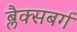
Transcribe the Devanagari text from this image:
ब्लैक्सबर्ग